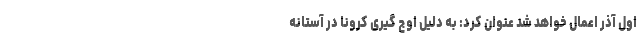
اول آذر اعمال خواهد شد عنوان کرد: به دلیل اوج گیری کرونا در آستانه